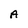
Character: A